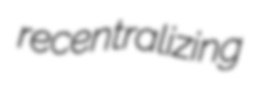
recentralizing